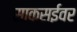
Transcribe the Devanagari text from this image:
साकसईवर